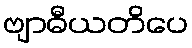
ဗျာဓီယတိပေ